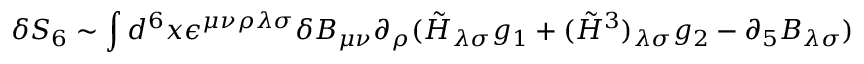
\delta S _ { 6 } \sim \int d ^ { 6 } x \epsilon ^ { \mu \nu \rho \lambda \sigma } \delta B _ { \mu \nu } \partial _ { \rho } ( \tilde { H } _ { \lambda \sigma } g _ { 1 } + ( \tilde { H } ^ { 3 } ) _ { \lambda \sigma } g _ { 2 } - \partial _ { 5 } B _ { \lambda \sigma } )